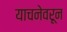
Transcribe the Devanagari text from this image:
याचनेवरून